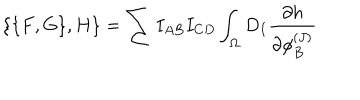
LaTeX: \{ \{ F , G \} , H \} = \sum I _ { A B } I _ { C D } \int _ { \Omega } D _ { I } { \frac { \partial h } { \partial \phi _ { B } ^ { ( J ) } } }